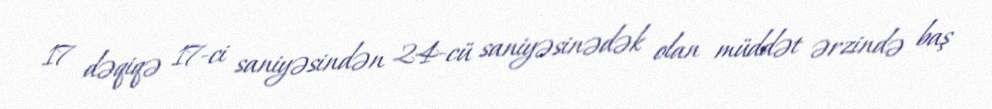
17 dəqiqə 17-ci saniyəsindən 24-cü saniyəsinədək olan müddət ərzində baş